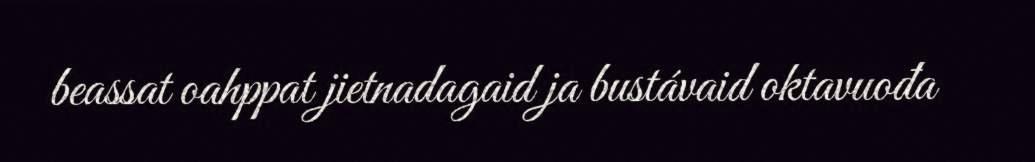
beassat oahppat jietnadagaid ja bustávaid oktavuođa